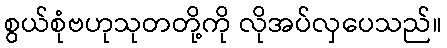
စွယ်စုံဗဟုသုတတို့ကို လိုအပ်လှပေသည်။